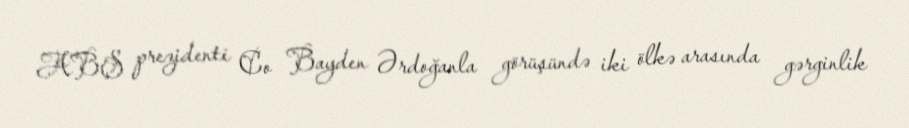
ABŞ prezidenti Co Bayden Ərdoğanla görüşündə iki ölkə arasında gərginlik